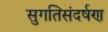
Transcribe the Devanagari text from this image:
सुगतिसंदर्षण